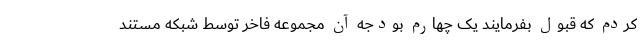
کردم که قبول بفرمایند یک چهارم بودجه آن مجموعه فاخر توسط شبکه مستند